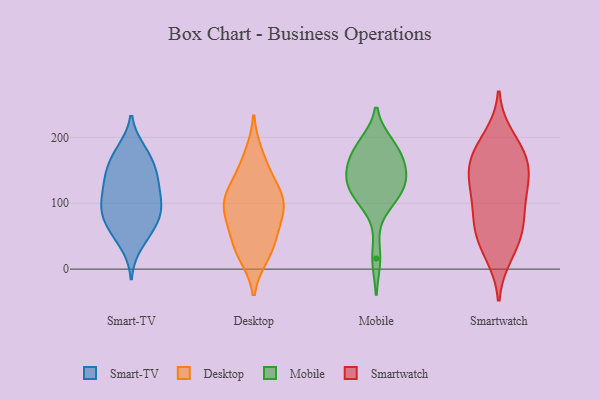
{"axis": {"x": "Customer Acquisition Cost (USD)", "y": "Value"}, "legend": ["Desktop", "Mobile", "Smart-TV", "Smartwatch"], "data": [{"x": "", "y": 65, "type": "Smart-TV"}, {"x": "", "y": 94, "type": "Smart-TV"}, {"x": "", "y": 51, "type": "Smart-TV"}, {"x": "", "y": 151, "type": "Smart-TV"}, {"x": "", "y": 143, "type": "Smart-TV"}, {"x": "", "y": 91, "type": "Smart-TV"}, {"x": "", "y": 178, "type": "Smart-TV"}, {"x": "", "y": 107, "type": "Smart-TV"}, {"x": "", "y": 181, "type": "Smart-TV"}, {"x": "", "y": 129, "type": "Smart-TV"}, {"x": "", "y": 77, "type": "Smart-TV"}, {"x": "", "y": 36, "type": "Smart-TV"}, {"x": "", "y": 138, "type": "Smart-TV"}, {"x": "", "y": 145, "type": "Smart-TV"}, {"x": "", "y": 103, "type": "Smart-TV"}, {"x": "", "y": 173, "type": "Smart-TV"}, {"x": "", "y": 82, "type": "Smart-TV"}, {"x": "", "y": 65, "type": "Smart-TV"}, {"x": "", "y": 111, "type": "Smart-TV"}, {"x": "", "y": 107, "type": "Desktop"}, {"x": "", "y": 124, "type": "Desktop"}, {"x": "", "y": 94, "type": "Desktop"}, {"x": "", "y": 21, "type": "Desktop"}, {"x": "", "y": 148, "type": "Desktop"}, {"x": "", "y": 38, "type": "Desktop"}, {"x": "", "y": 75, "type": "Desktop"}, {"x": "", "y": 29, "type": "Desktop"}, {"x": "", "y": 105, "type": "Desktop"}, {"x": "", "y": 98, "type": "Desktop"}, {"x": "", "y": 173, "type": "Desktop"}, {"x": "", "y": 63, "type": "Desktop"}, {"x": "", "y": 179, "type": "Mobile"}, {"x": "", "y": 138, "type": "Mobile"}, {"x": "", "y": 113, "type": "Mobile"}, {"x": "", "y": 157, "type": "Mobile"}, {"x": "", "y": 170, "type": "Mobile"}, {"x": "", "y": 16, "type": "Mobile"}, {"x": "", "y": 125, "type": "Mobile"}, {"x": "", "y": 114, "type": "Mobile"}, {"x": "", "y": 100, "type": "Mobile"}, {"x": "", "y": 188, "type": "Mobile"}, {"x": "", "y": 144, "type": "Mobile"}, {"x": "", "y": 140, "type": "Mobile"}, {"x": "", "y": 190, "type": "Mobile"}, {"x": "", "y": 148, "type": "Smartwatch"}, {"x": "", "y": 119, "type": "Smartwatch"}, {"x": "", "y": 34, "type": "Smartwatch"}, {"x": "", "y": 148, "type": "Smartwatch"}, {"x": "", "y": 22, "type": "Smartwatch"}, {"x": "", "y": 57, "type": "Smartwatch"}, {"x": "", "y": 112, "type": "Smartwatch"}, {"x": "", "y": 182, "type": "Smartwatch"}, {"x": "", "y": 200, "type": "Smartwatch"}, {"x": "", "y": 167, "type": "Smartwatch"}, {"x": "", "y": 89, "type": "Smartwatch"}, {"x": "", "y": 69, "type": "Smartwatch"}, {"x": "", "y": 64, "type": "Smartwatch"}, {"x": "", "y": 174, "type": "Smartwatch"}, {"x": "", "y": 135, "type": "Smartwatch"}]}